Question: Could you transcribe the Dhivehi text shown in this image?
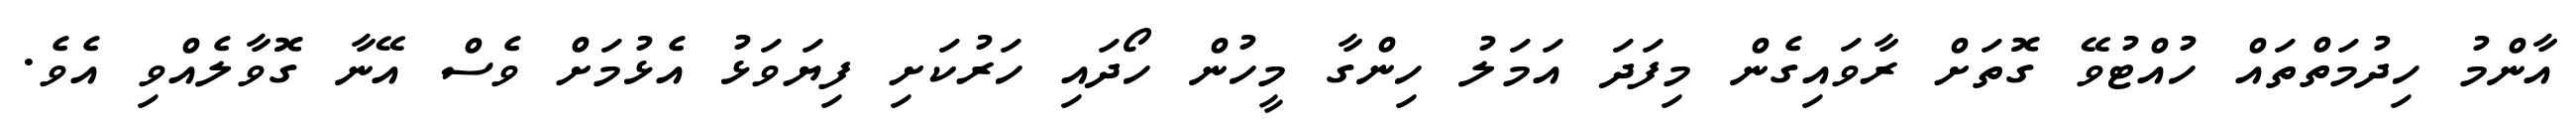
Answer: އާންމު ހިދުމަތްތައް ހުއްޓުވޭ ގޮތަށް ރާވައިގެން މިފަދަ އަމަލު ހިންގާ މީހުން ހޯދައި ހަރުކަށި ފިޔަވަޅު އެޅުމަށް ވެސް އޭނާ ގޮވާލެއްވި އެވެ.